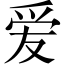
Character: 爱